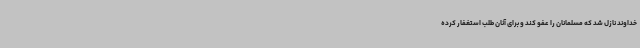
خداوند نازل شد که مسلمانان را عفو کند و برای آنان طلب استغفار کرده